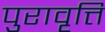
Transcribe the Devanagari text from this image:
पुरावृत्ति